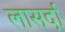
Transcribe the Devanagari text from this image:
लासर्दा